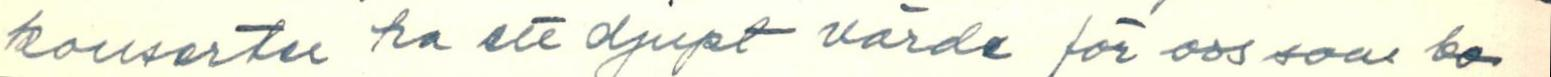
konserter ha ett djupt värde för oss som bo